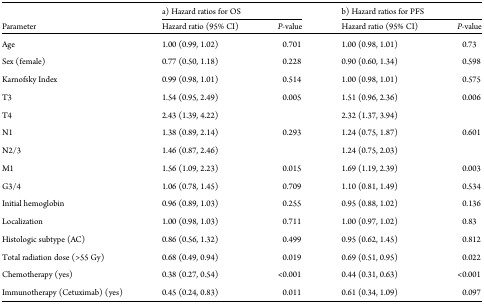
<table><thead><tr><td></td><td colspan="2"><b>a) Hazard ratios for OS</b></td><td colspan="2"><b>b) Hazard ratios for PFS</b></td></tr><tr><td><b>Parameter</b></td><td><b>Hazard ratio (95% CI)</b></td><td><b><i>P</i>-value</b></td><td><b>Hazard ratio (95% CI)</b></td><td><b><i>P</i>-value</b></td></tr></thead><tbody><tr><td>Age</td><td>1.00 (0.99, 1.02)</td><td>0.701</td><td>1.00 (0.98, 1.01)</td><td>0.73</td></tr><tr><td>Sex (female)</td><td>0.77 (0.50, 1.18)</td><td>0.228</td><td>0.90 (0.60, 1.34)</td><td>0.598</td></tr><tr><td>Karnofsky Index</td><td>0.99 (0.98, 1.01)</td><td>0.514</td><td>1.00 (0.98, 1.01)</td><td>0.575</td></tr><tr><td>T3</td><td>1.54 (0.95, 2.49)</td><td rowspan="2">0.005</td><td>1.51 (0.96, 2.36)</td><td rowspan="2">0.006</td></tr><tr><td>T4</td><td>2.43 (1.39, 4.22)</td><td>2.32 (1.37, 3.94)</td></tr><tr><td>N1</td><td>1.38 (0.89, 2.14)</td><td rowspan="2">0.293</td><td>1.24 (0.75, 1.87)</td><td rowspan="2">0.601</td></tr><tr><td>N2/3</td><td>1.46 (0.87, 2.46)</td><td>1.24 (0.75, 2.03)</td></tr><tr><td>M1</td><td>1.56 (1.09, 2.23)</td><td>0.015</td><td>1.69 (1.19, 2.39)</td><td>0.003</td></tr><tr><td>G3/4</td><td>1.06 (0.78, 1.45)</td><td>0.709</td><td>1.10 (0.81, 1.49)</td><td>0.534</td></tr><tr><td>Initial hemoglobin</td><td>0.96 (0.89, 1.03)</td><td>0.255</td><td>0.95 (0.88, 1.02)</td><td>0.136</td></tr><tr><td>Localization</td><td>1.00 (0.98, 1.03)</td><td>0.711</td><td>1.00 (0.97, 1.02)</td><td>0.83</td></tr><tr><td>Histologic subtype (AC)</td><td>0.86 (0.56, 1.32)</td><td>0.499</td><td>0.95 (0.62, 1.45)</td><td>0.812</td></tr><tr><td>Total radiation dose (&gt;55 Gy)</td><td>0.68 (0.49, 0.94)</td><td>0.019</td><td>0.69 (0.51, 0.95)</td><td>0.022</td></tr><tr><td>Chemotherapy (yes)</td><td>0.38 (0.27, 0.54)</td><td>&lt;0.001</td><td>0.44 (0.31, 0.63)</td><td>&lt;0.001</td></tr><tr><td>Immunotherapy (Cetuximab) (yes)</td><td>0.45 (0.24, 0.83)</td><td>0.011</td><td>0.61 (0.34, 1.09)</td><td>0.097</td></tr></tbody></table>